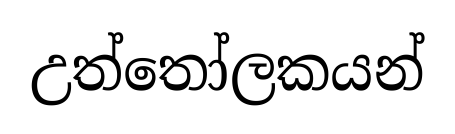
උත්තෝලකයන්